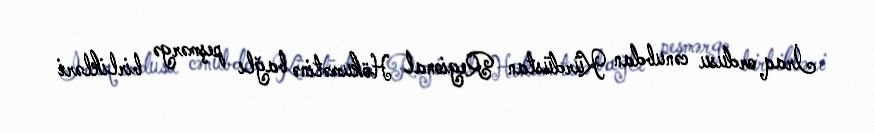
İraq ordusu cənubdan Kürdüstan Regional Hökumətinə bağlı peşmərgə birlikləri